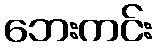
ဘေးကင်း